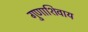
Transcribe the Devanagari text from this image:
गुणाशिवाय